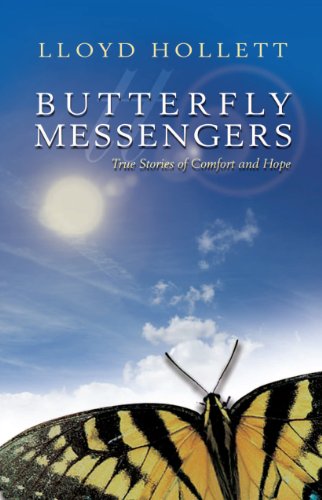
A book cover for Butterfly Messengers: True Stories of Comfort and Hope; Lloyd Hollett; Cookbooks, Food & Wine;